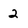
Character: 2